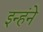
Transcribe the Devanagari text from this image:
इन्हंने